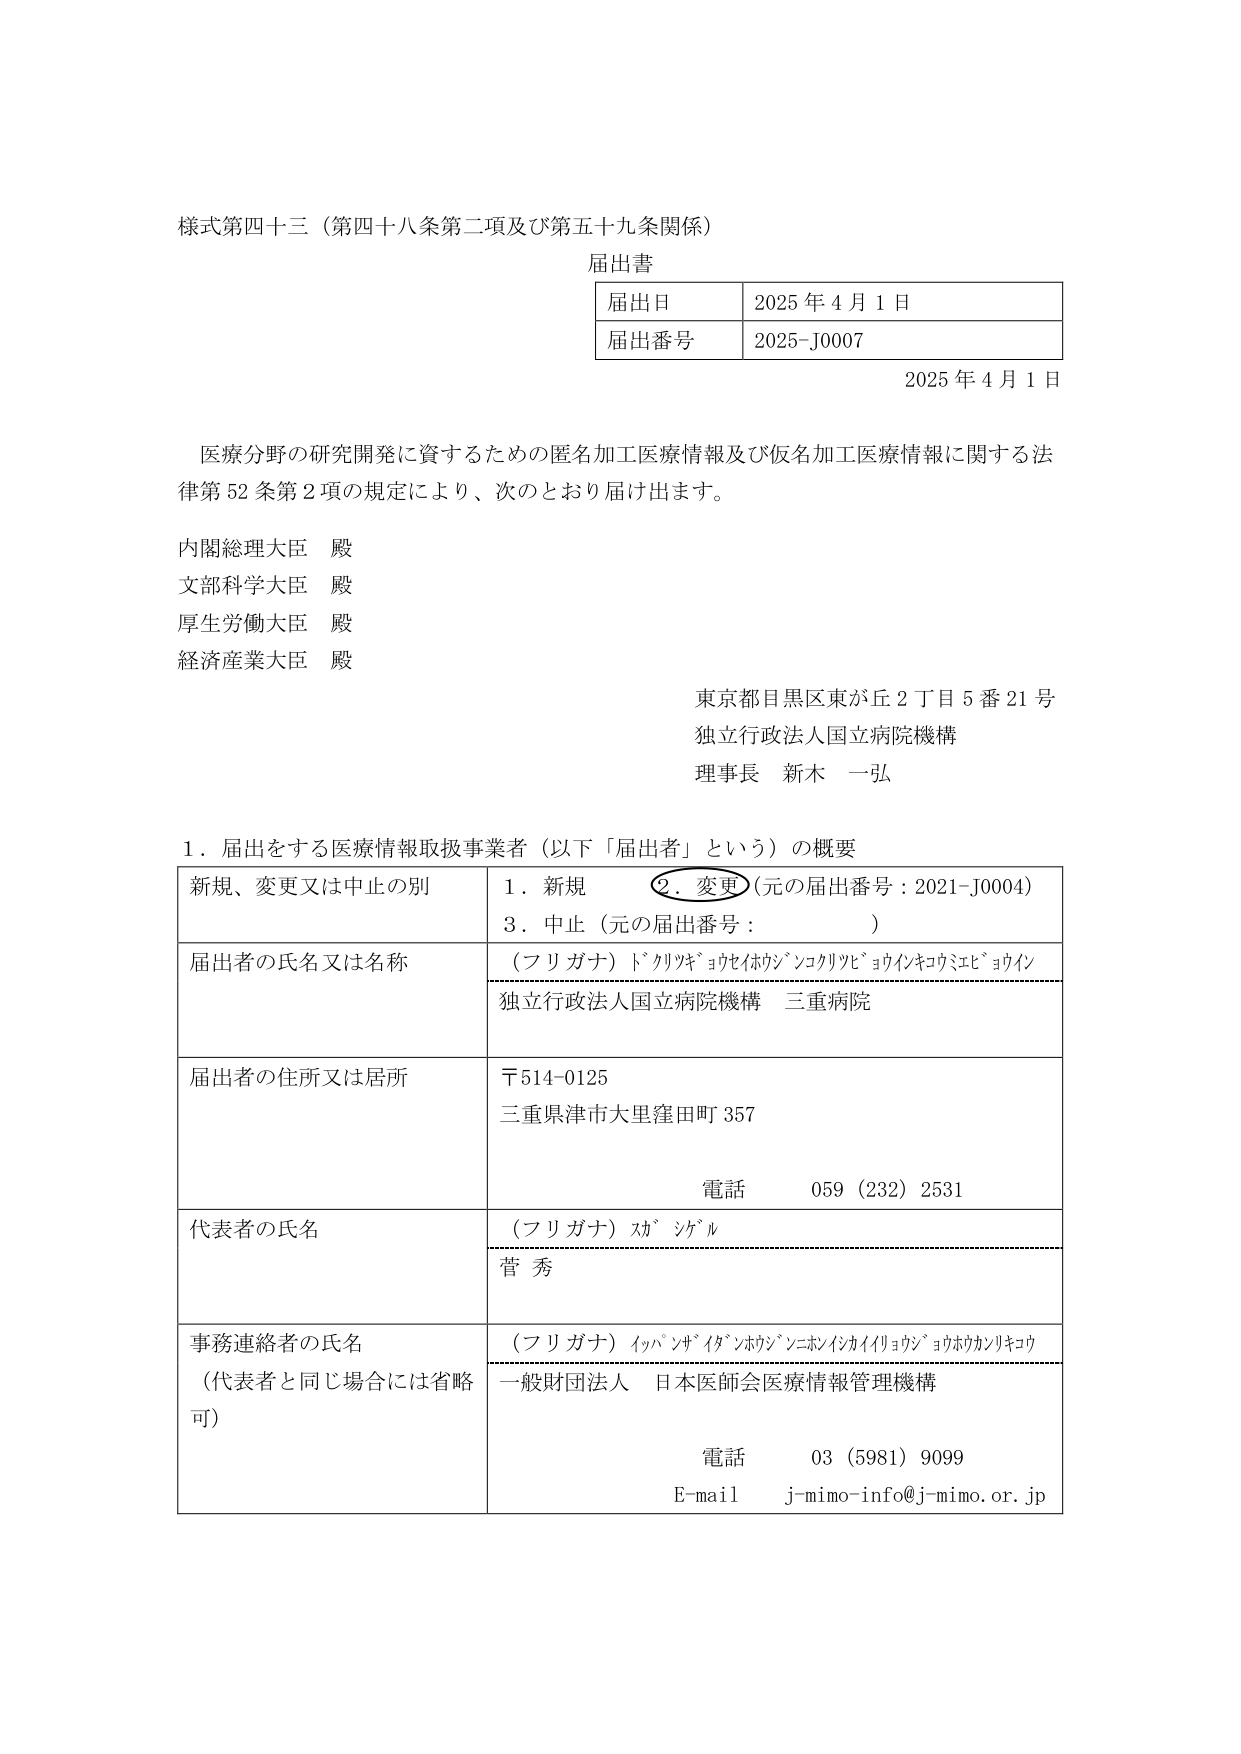
様式第四十三（第四十八条第二項及び第五十九条関係）

届出書

| 届出日 | 2025年4月1日 |
| 届出番号 | 2025-J0007 |

2025年4月1日

医療分野の研究開発に資するための匿名加工医療情報及び仮名加工医療情報に関する法律第52条第2項の規定により、次のとおり届け出ます。

内閣総理大臣 殿
文部科学大臣 殿
厚生労働大臣 殿
経済産業大臣 殿

東京都目黒区東が丘2丁目5番21号
独立行政法人国立病院機構
理事長 新木 一弘

1．届出をする医療情報取扱事業者（以下「届出者」という）の概要

| 新規、変更又は中止の別 | 1．新規　　○2．変更（元の届出番号：2021-J0004）　　3．中止（元の届出番号：　　　　　） |
|--------------------------|---------------------------------------------------------------------------------------------|
| 届出者の氏名又は名称    | （フリガナ）ドクリヤキョウセイホウジンコクリヤセヨウインキョウリシエビヨウイン<br>独立行政法人国立病院機構 三重病院 |
| 届出者の住所又は居所    | 〒514-0125<br>三重県津市大里窪田町357<br>電話　　059（232）2531 |
| 代表者の氏名            | （フリガナ）カミ シゲル<br>菅 秀 |
| 事務連絡者の氏名<br>（代表者と同じ場合には省略可） | （フリガナ）イッパンザイダンホウジンニホンイシカイイリョウジョウホウカンリキコウ<br>一般財団法人 日本医師会医療情報管理機構<br>電話　　03（5981）9099<br>E-mail　j-mimo-info@j-mimo.or.jp |